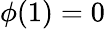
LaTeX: \phi(1)=0